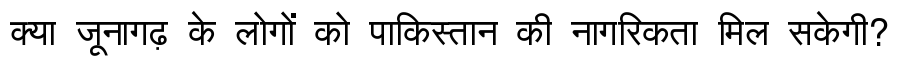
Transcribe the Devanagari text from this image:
क्या जूनागढ़ के लोगों को पाकिस्तान की नागरिकता मिल सकेगी?